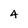
Character: 4